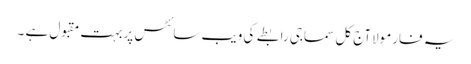
یہ فارمولاآج کل سماجی رابطے کی ویب سائٹس پربہت مقبول ہے ۔